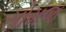
સોમજ